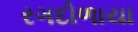
રગદોળાયા